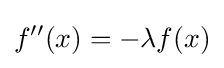
f''(x)=-\lambda f(x)